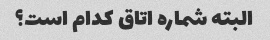
البته شماره اتاق کدام است؟